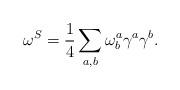
LaTeX: \begin{align*}\omega^S = \frac{1}{4}\sum_{a,b} \omega^{a}_{b} \gamma^a \gamma^b. \end{align*}